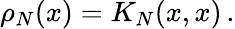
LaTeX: \rho_{N}(x)=K_{N}(x,x)\, .